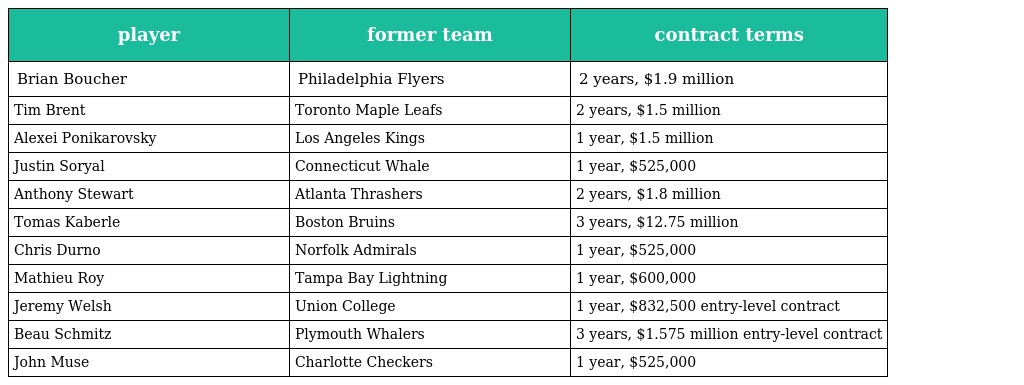
| player | former team | contract terms |
 | --- | --- | --- |
 | Brian Boucher | Philadelphia Flyers | 2 years, $1.9 million |
 | Tim Brent | Toronto Maple Leafs | 2 years, $1.5 million |
 | Alexei Ponikarovsky | Los Angeles Kings | 1 year, $1.5 million |
 | Justin Soryal | Connecticut Whale | 1 year, $525,000 |
 | Anthony Stewart | Atlanta Thrashers | 2 years, $1.8 million |
 | Tomas Kaberle | Boston Bruins | 3 years, $12.75 million |
 | Chris Durno | Norfolk Admirals | 1 year, $525,000 |
 | Mathieu Roy | Tampa Bay Lightning | 1 year, $600,000 |
 | Jeremy Welsh | Union College | 1 year, $832,500 entry-level contract |
 | Beau Schmitz | Plymouth Whalers | 3 years, $1.575 million entry-level contract |
 | John Muse | Charlotte Checkers | 1 year, $525,000 |